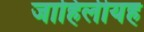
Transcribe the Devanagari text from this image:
जाहिलीयह